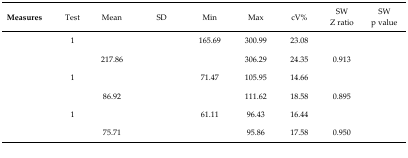
<table><thead><tr><td><b>Measures</b></td><td><b>Test</b></td><td><b>Mean</b></td><td><b>SD</b></td><td><b>Min</b></td><td><b>Max</b></td><td><b>cV%</b></td><td><b>SWZ ratio</b></td><td><b>SWp value</b></td></tr></thead><tbody><tr><td rowspan="2">[EMPTY_CELL]</td><td>1</td><td>[EMPTY_CELL]</td><td>[EMPTY_CELL]</td><td>165.69</td><td>300.99</td><td>23.08</td><td>[EMPTY_CELL]</td><td>[EMPTY_CELL]</td></tr><tr><td>[EMPTY_CELL]</td><td>217.86</td><td>[EMPTY_CELL]</td><td>[EMPTY_CELL]</td><td>306.29</td><td>24.35</td><td>0.913</td><td>[EMPTY_CELL]</td></tr><tr><td rowspan="2">[EMPTY_CELL]</td><td>1</td><td>[EMPTY_CELL]</td><td>[EMPTY_CELL]</td><td>71.47</td><td>105.95</td><td>14.66</td><td>[EMPTY_CELL]</td><td>[EMPTY_CELL]</td></tr><tr><td>[EMPTY_CELL]</td><td>86.92</td><td>[EMPTY_CELL]</td><td>[EMPTY_CELL]</td><td>111.62</td><td>18.58</td><td>0.895</td><td>[EMPTY_CELL]</td></tr><tr><td rowspan="2">[EMPTY_CELL]</td><td>1</td><td>[EMPTY_CELL]</td><td>[EMPTY_CELL]</td><td>61.11</td><td>96.43</td><td>16.44</td><td>[EMPTY_CELL]</td><td>[EMPTY_CELL]</td></tr><tr><td>[EMPTY_CELL]</td><td>75.71</td><td>[EMPTY_CELL]</td><td>[EMPTY_CELL]</td><td>95.86</td><td>17.58</td><td>0.950</td><td>[EMPTY_CELL]</td></tr></tbody></table>